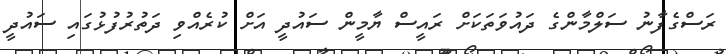
ރަސްގެފާނު ސަލްމާންގެ ދައުވަތަކަށް ރައީސް ޔާމީން ސައުދީ އަށް ކުރެއްވި ދަތުރުފުޅުގައި ސައުދީ